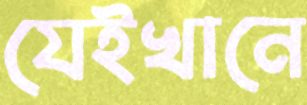
যেইখানে